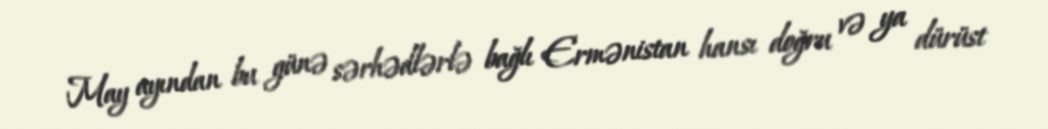
May ayından bu günə sərhədlərlə bağlı Ermənistan hansı doğru və ya dürüst